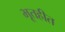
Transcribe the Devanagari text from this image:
भूतहीत